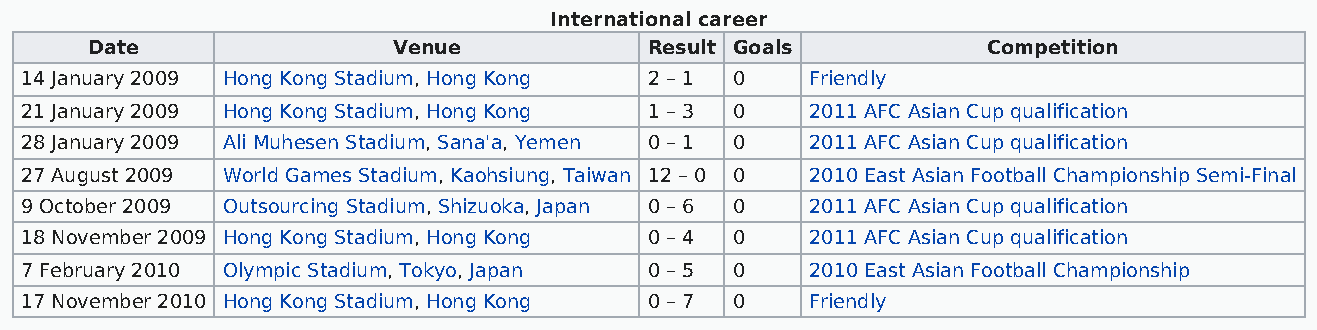
International career
 Date                Venue            Result Goals          Competition
 14 January 2009 Hong Kong Stadium, Hong Kong 2 – 1 0 Friendly
 21 January 2009 Hong Kong Stadium, Hong Kong 1 – 3 0 2011 AFC Asian Cup qualification
 28 January 2009 Ali Muhesen Stadium, Sana'a, Yemen 0 – 1 0 2011 AFC Asian Cup qualification
 27 August 2009 World Games Stadium, Kaohsiung, Taiwan 12 – 0 0 2010 East Asian Football Championship Semi-Final
 9 October 2009 Outsourcing Stadium, Shizuoka, Japan 0 – 6 0 2011 AFC Asian Cup qualification
 18 November 2009 Hong Kong Stadium, Hong Kong 0 – 4 0 2011 AFC Asian Cup qualification
 7 February 2010 Olympic Stadium, Tokyo, Japan 0 – 5 0 2010 East Asian Football Championship
 17 November 2010 Hong Kong Stadium, Hong Kong 0 – 7 0 Friendly